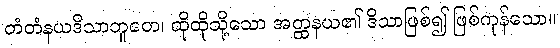
တံတံနယဒိသာဘူတေ၊ ထိုထိုသို့သော အတ္ထနယ၏ ဒိသာဖြစ်၍ ဖြစ်ကုန်သော။